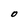
Character: O